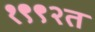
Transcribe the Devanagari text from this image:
१९९२त